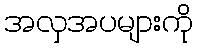
အလှအပများကို